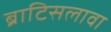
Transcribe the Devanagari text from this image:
ब्राटिसलावा